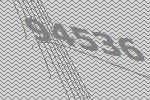
94536